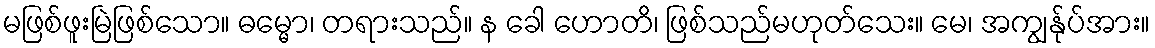
မဖြစ်ဖူးမြဲဖြစ်သော။ ဓမ္မော၊ တရားသည်။ န ခေါ ဟောတိ၊ ဖြစ်သည်မဟုတ်သေး။ မေ၊ အကျွန်ုပ်အား။